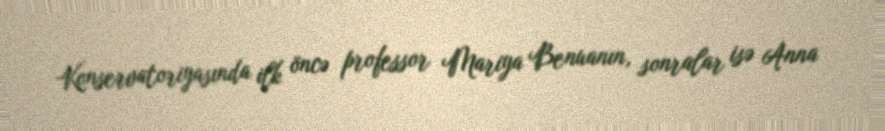
Konservatoriyasında ilk öncə professor Mariya Benuanın, sonralar isə Anna